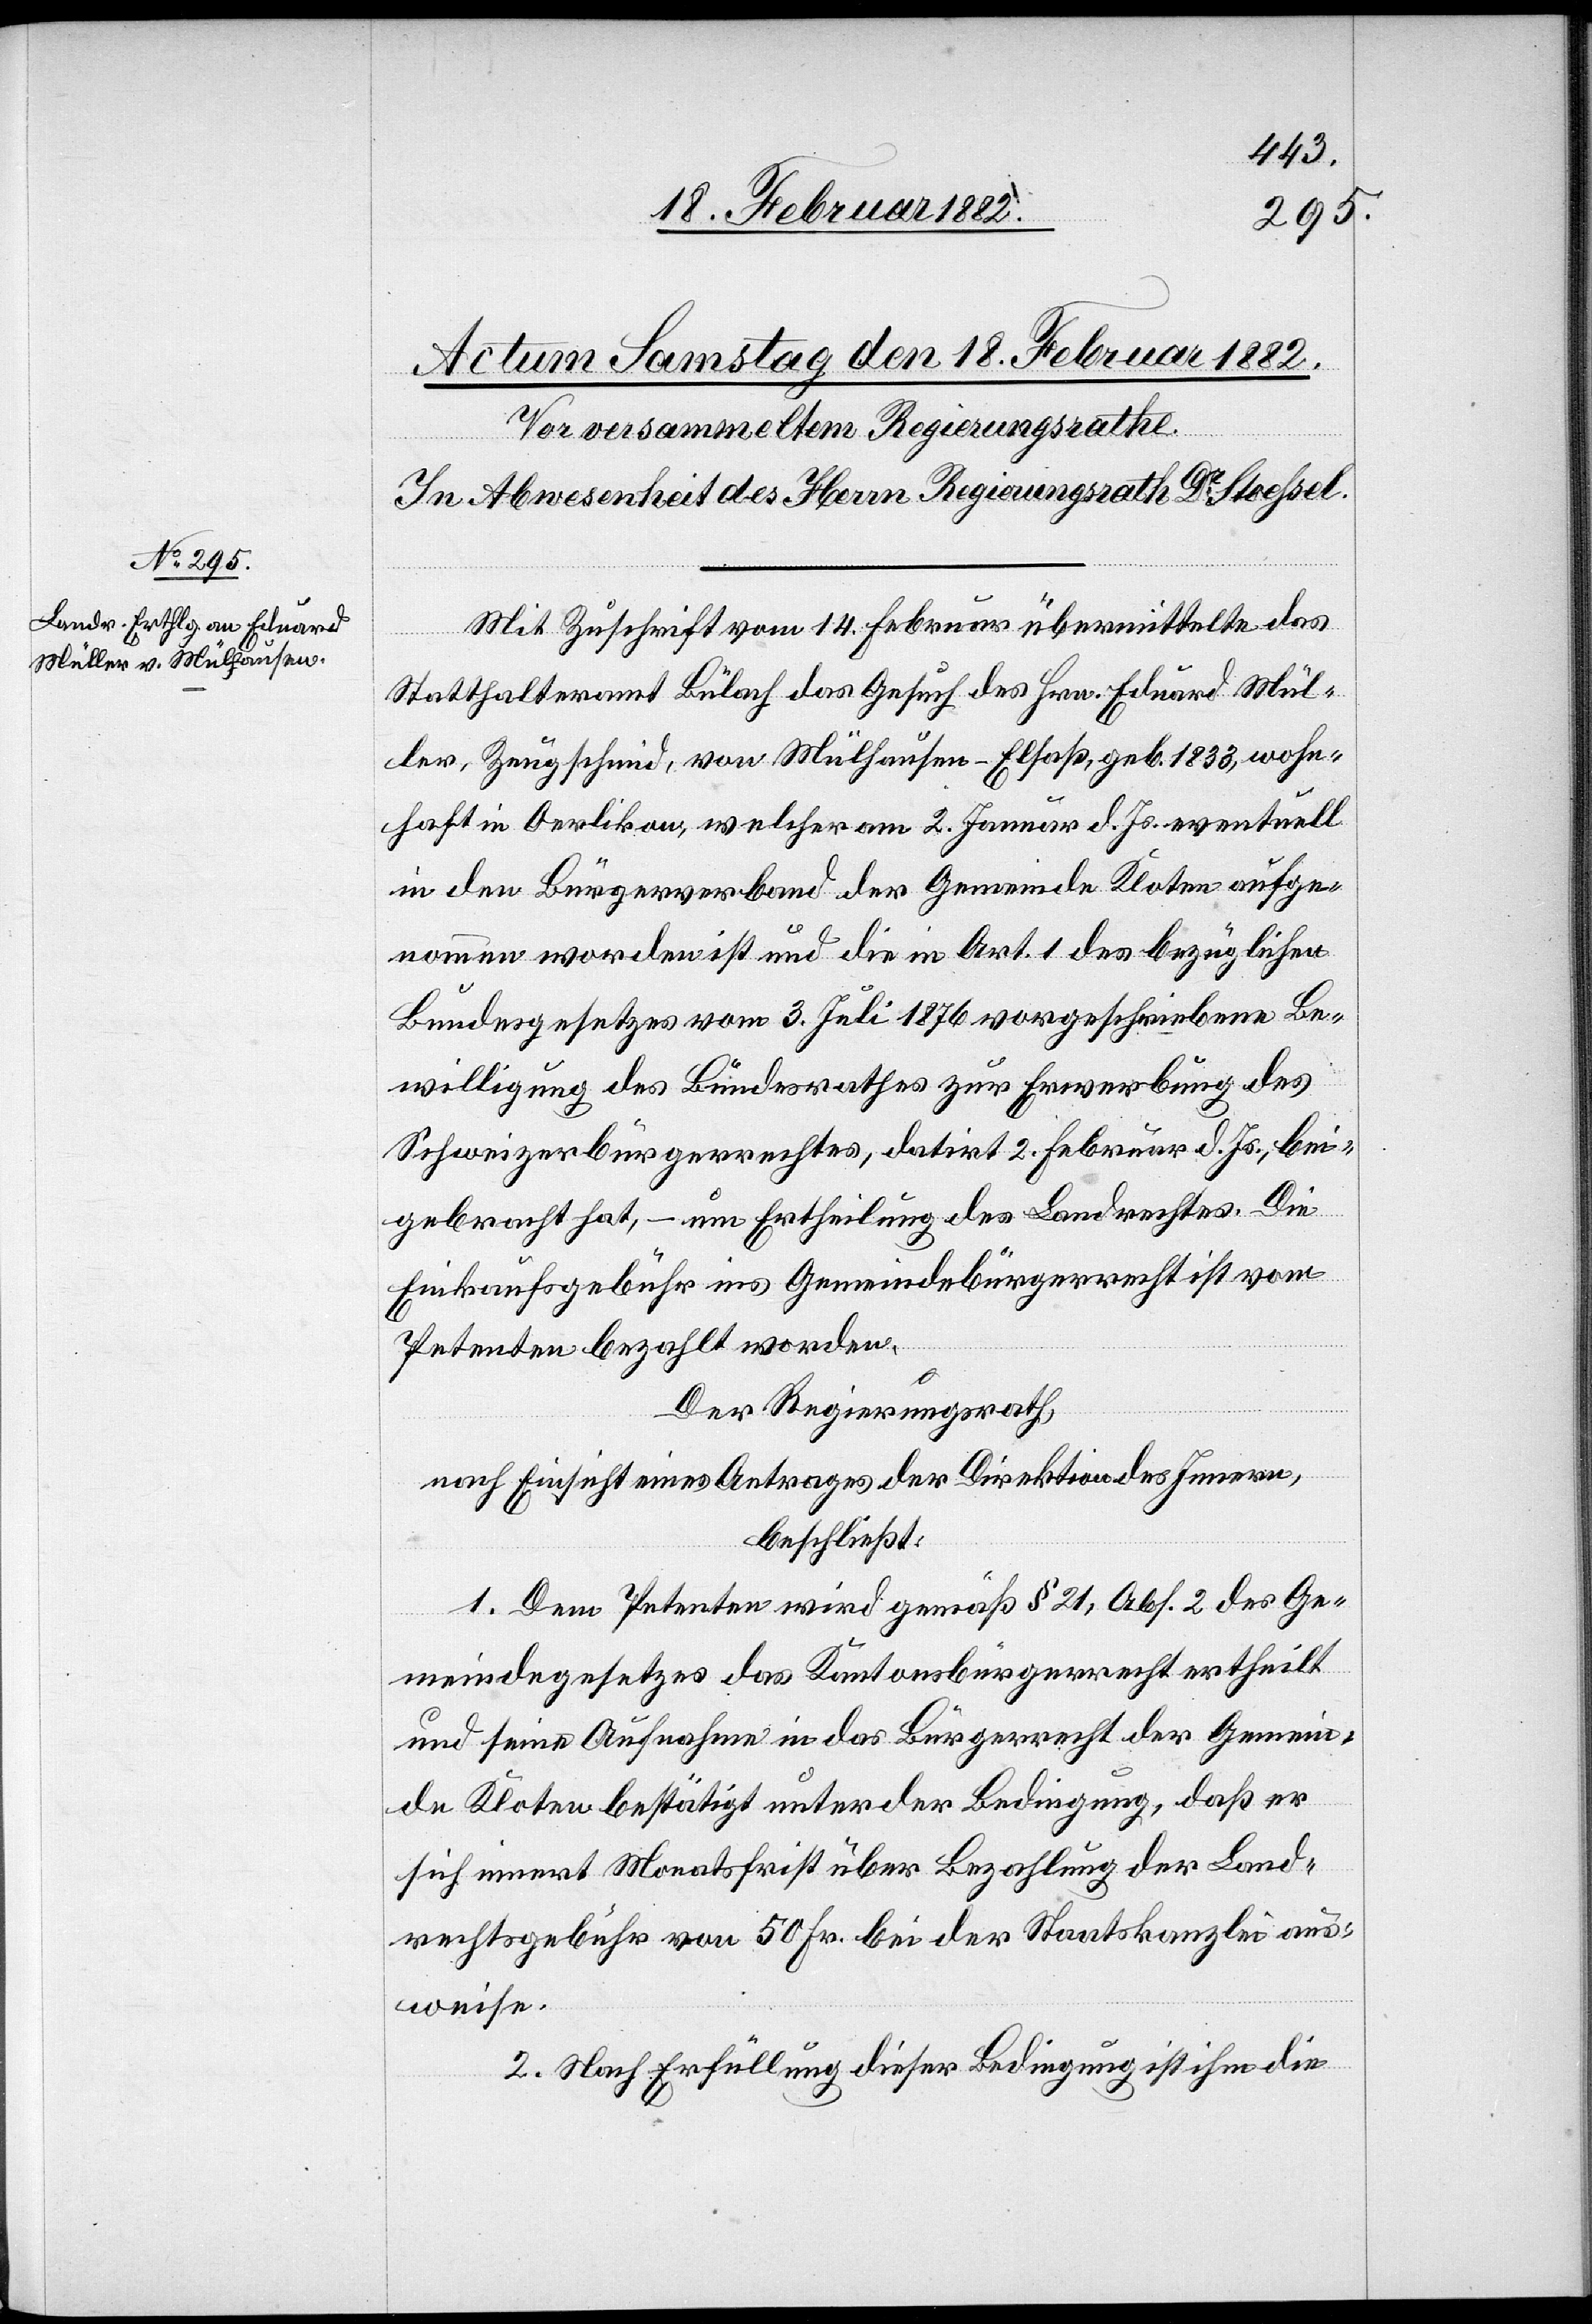
Mit Zuschrift vom 14. Februar übermittelte das
Statthalteramt Bülach das Gesuch des Hrn. Eduard Mül¬
ler, Zeugschmid, von Mülhausen - Elsaß, geb. 1838, wohn¬
haft in Oerlikon, welcher am 2. Januar d. Js. eventuell
in den Bürgerverband der Gemeinde Kloten aufge¬
nommen worden ist und die in Art. 1 des bezüglichen
Bundesgesetzes vom 3. Juli 1876 vorgeschriebene Be¬
willigung des Bundesrathes zur Erwerbung des
Schweizerbürgerrechtes, datirt 2. Februar d. Js., bei¬
gebracht hat, – um Ertheilung des Landrechtes. Die
Einkaufsgebühr ins Gemeindebürgerrecht ist vom
Petenten bezahlt worden.
Der Regierungsrath,
nach Einsicht eines Antrages der Direktion des Innern,
beschließt:
1. Dem Petenten wird gemäß § 21, Abs. 2 des Ge¬
meindegesetzes das Kantonsbürgerrecht ertheilt
und seine Aufnahme in das Bürgerrecht der Gemein¬
de Kloten bestätigt unter der Bedingung, daß er
sich innert Monatsfrist über Bezahlung der Land¬
rechtsgebühr von 50 Fr. bei der Staatskanzlei aus¬
weise.
2. Nach Erfüllung dieser Bedingung ist ihm die